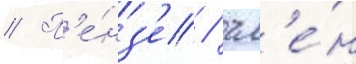
// П'е́нз'е / чл'е́н